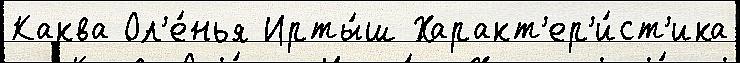
Каква Ол'е́нья Ирты́ш Характ'ер'и́ст'ика